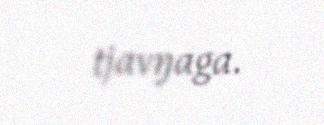
tjavŋaga.